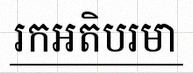
រកអតិបរមា